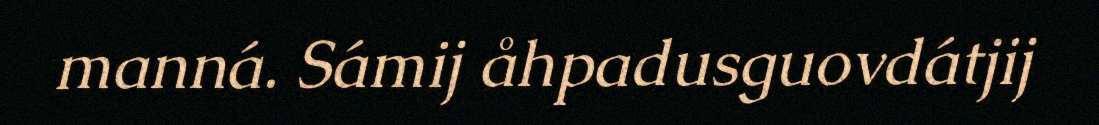
manná. Sámij åhpadusguovdátjij